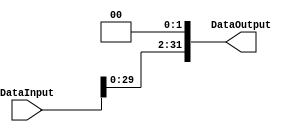
/******************************************************************
 * Description
 * This performs a shift left opeartion in roder to calculate the brances.
 * 1.0
 * Author:
 *  Alejandro Rios Jasso
 *  Javier Ochoa Pardo
 * email:
 *  is708932@iteso.mx
 *  is702811@iteso.mx
 * Date:
 *  05/04/2019
 ******************************************************************/
module ShiftLeft2 (input [31:0] DataInput,
                   output reg [31:0] DataOutput);
                   
always @ (DataInput)
    DataOutput = {DataInput[29:0], 1'b0, 1'b0};

endmodule // leftShift2